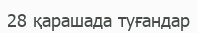
28 қарашада туғандар